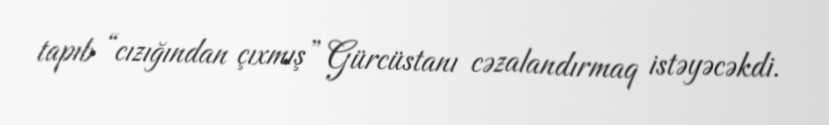
tapıb “cızığından çıxmış” Gürcüstanı cəzalandırmaq istəyəcəkdi.